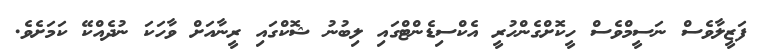
ފަޒީލާވެސް ނަސީމްވެސް ހީކޮށްގެންހުރީ އެކްސިޑެންޓްގައި ލިބުނު ޝޮކްގައި ރީނާއަށް ވާހަކަ ނުދެއްކޭ ކަމަށެވެ.